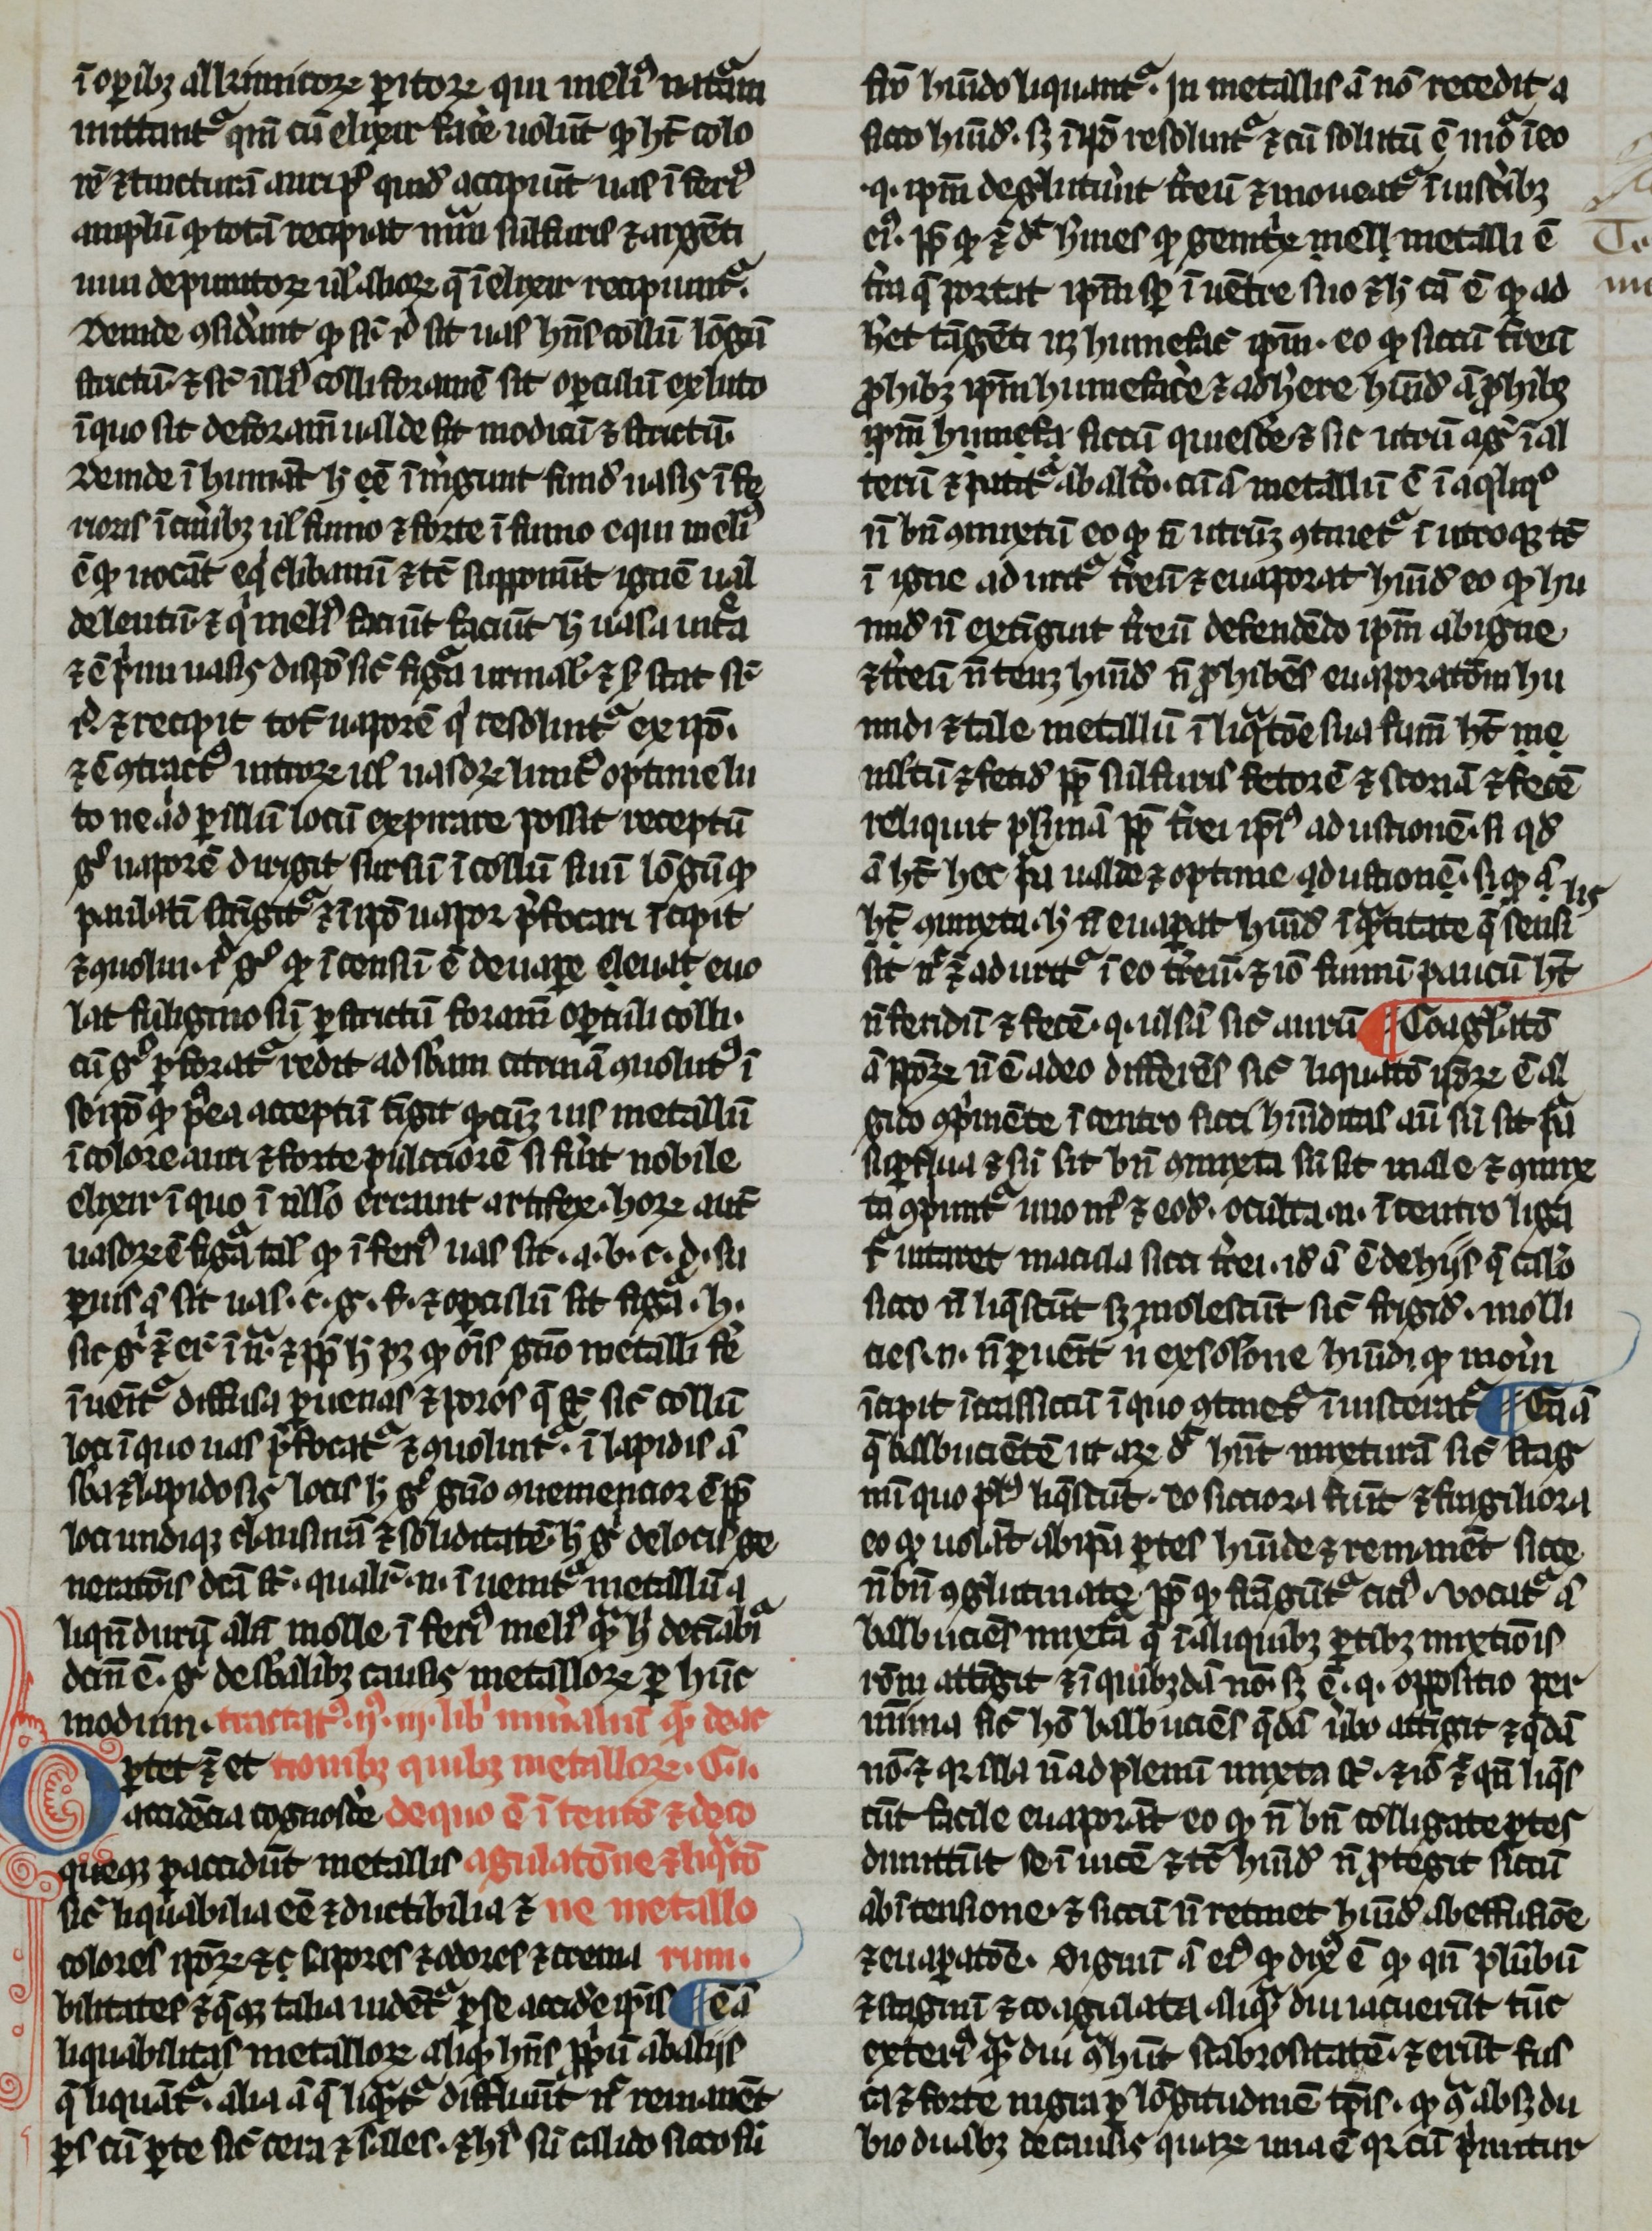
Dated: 1266–1299